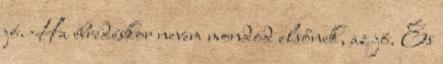
jó. Ha ébredéskor nevem mondod elsőnek, az jó. És